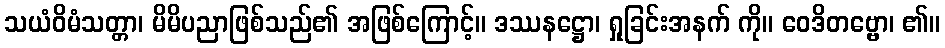
သယံဝိမံသတ္တာ၊ မိမိပညာဖြစ်သည်၏ အဖြစ်ကြောင့်။ ဒဿနဋ္ဌော၊ ရှုခြင်းအနက် ကို။ ဝေဒိတဗ္ဗော၊ ၏။